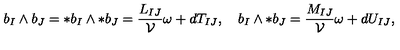
b _ { I } \wedge b _ { J } = \ast b _ { I } \wedge \ast b _ { J } = \frac { L _ { I J } } { \cal V } \omega + d T _ { I J } , \quad b _ { I } \wedge \ast b _ { J } = \frac { M _ { I J } } { \cal V } \omega + d U _ { I J } ,